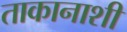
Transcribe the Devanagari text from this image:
ताकानाशी